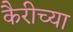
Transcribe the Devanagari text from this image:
कैरीच्या